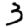
Digit: 3